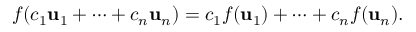
f ( c _ { 1 } \mathbf { u } _ { 1 } + \cdots + c _ { n } \mathbf { u } _ { n } ) = c _ { 1 } f ( \mathbf { u } _ { 1 } ) + \cdots + c _ { n } f ( \mathbf { u } _ { n } ) .